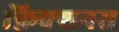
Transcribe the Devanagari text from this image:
फ़िक्शनस